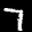
Label: 7